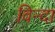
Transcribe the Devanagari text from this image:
विन्दा